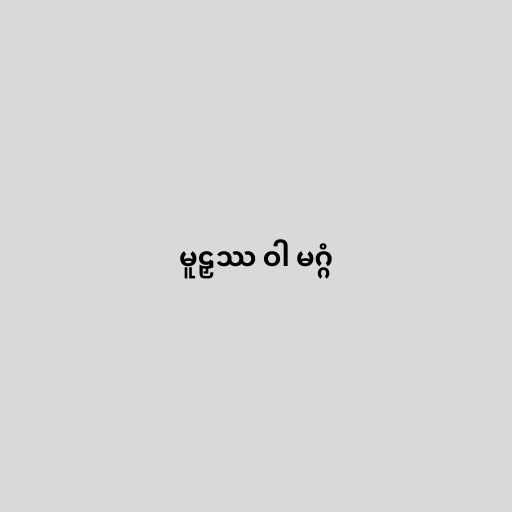
မူဠှဿ ဝါ မဂ္ဂံ